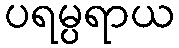
ပရမ္ပရာယ